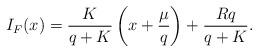
LaTeX: \begin{align*}I_F(x) = \frac{K}{q+K}\left(x + \frac{\mu}{q}\right) + \frac{Rq}{q+K}.\end{align*}